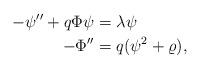
LaTeX: \begin{align*}-\psi'' + q \Phi \psi &= \lambda \psi \\-\Phi'' &= q(\psi^{2}+\varrho),\end{align*}